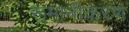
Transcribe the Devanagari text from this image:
रूमानीकरण